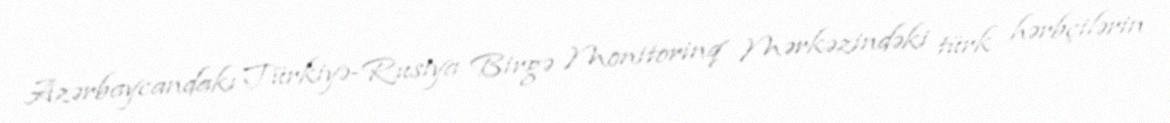
Azərbaycandakı Türkiyə-Rusiya Birgə Monitorinq Mərkəzindəki türk hərbçilərin